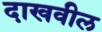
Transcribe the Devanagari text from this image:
दाखवील